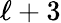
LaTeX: {\ell+3}